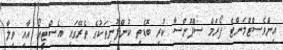
އިންވެސްޓްމަންޓް ފޯރަމް ސްޕޮންސާ ކުރި ބޮޑެތި ކުންފުނިތަކުގެ ތެރޭގައި އެސްޓީއޯ އާއި ވިލާ